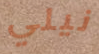
نيلي